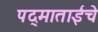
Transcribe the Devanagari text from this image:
पद्माताईंचे